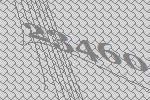
23460